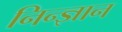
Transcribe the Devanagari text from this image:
निन्ज्ञान